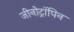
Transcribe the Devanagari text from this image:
जीनोट्रॉपिन